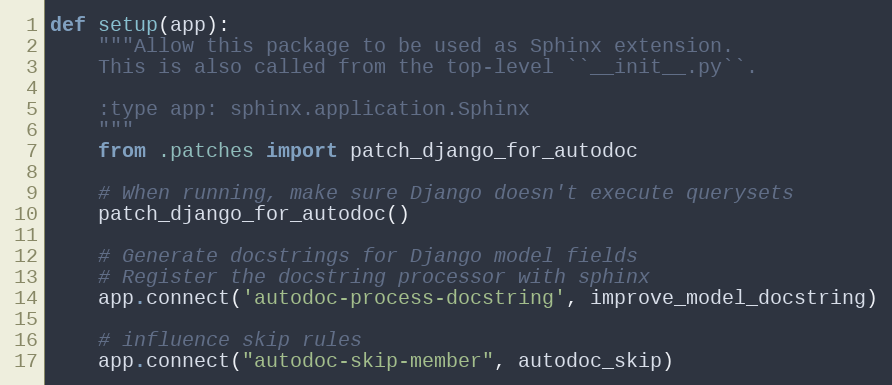
Language: Python
def setup(app):
    """Allow this package to be used as Sphinx extension.
    This is also called from the top-level ``__init__.py``.

    :type app: sphinx.application.Sphinx
    """
    from .patches import patch_django_for_autodoc

    # When running, make sure Django doesn't execute querysets
    patch_django_for_autodoc()

    # Generate docstrings for Django model fields
    # Register the docstring processor with sphinx
    app.connect('autodoc-process-docstring', improve_model_docstring)

    # influence skip rules
    app.connect("autodoc-skip-member", autodoc_skip)